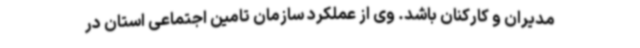
مدیران و کارکنان باشد. وی از عملکرد سازمان تامین اجتماعی استان در